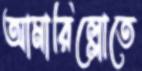
আমারিল্লোতে